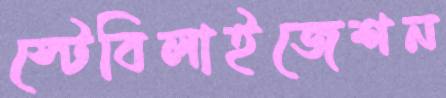
স্টেবিলাইজেশন